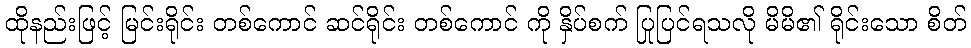
ထိုနည်းဖြင့် မြင်းရိုင်း တစ်ကောင် ဆင်ရိုင်း တစ်ကောင် ကို နှိပ်စက် ပြုပြင်ရသလို မိမိ၏ ရိုင်းသော စိတ်